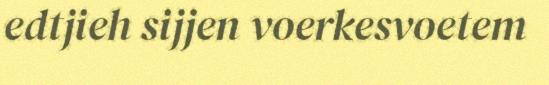
edtjieh sijjen voerkesvoetem